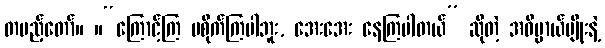
တပည့်တော်။ ။“ကြောင့်ကြ မစိုက်ကြပါဘူး, အေးအေး နေကြပါတယ်” ဆိုတဲ့ အဓိပ္ပာယ်မျိုးနဲ့